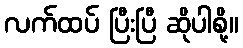
လက်ထပ် ပြီးပြီ ဆိုပါစို့။